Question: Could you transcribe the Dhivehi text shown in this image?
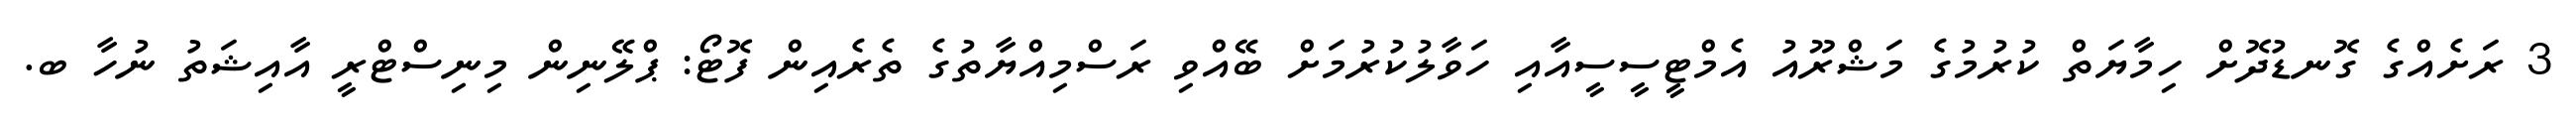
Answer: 3 ރަށެއްގެ ގޮނޑުދޮށް ހިމާޔަތް ކުރުމުގެ މަޝްރޫއު އެމްޓީސީސީއާއި ހަވާލުކުރުމަށް ބޭއްވި ރަސްމިއްޔާތުގެ ތެރެއިން ފޮޓޯ: ޕްލޭނިން މިނިސްޓްރީ އާއިޝަތު ނުހާ ބ.